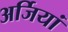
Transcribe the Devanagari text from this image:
अर्जियां